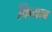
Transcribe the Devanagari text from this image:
कियाब